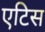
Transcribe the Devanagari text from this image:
एटिस